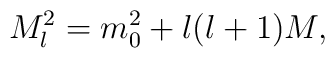
M_{l}^{2} = m_{0}^{2} + l(l+1) M ,